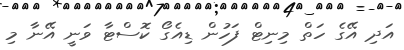
އަދި އޭގެ ހަތް މިނިޓް ފަހުން ޑިއެގޯ ކޮސްޓާ ވަނީ އޭނާ މި